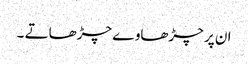
ان پر چڑھاوے چڑھاتے ۔